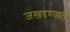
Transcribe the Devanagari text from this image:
जखडण्यात